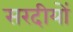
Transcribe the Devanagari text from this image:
सरदीयों